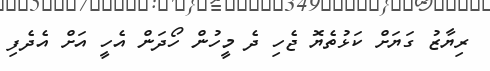
ރިޔާޒު ގަޔަށް ކަޅުތެޔޮ ޖެހި ދެ މީހުން ހޯދަން އެހީ އަށް އެދެފި